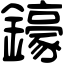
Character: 𨮙